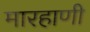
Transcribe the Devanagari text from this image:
मारहाणी